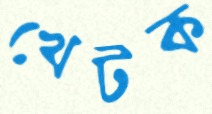
খেটক